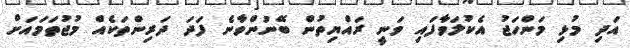
އަދި މުޅި މަންހަޖު އެކުލަވާފައި ވަނީ ރައްޔިތުން ބޭނުންވާނެ ފަދަ ދަރިންތަކެއް މުޖުތަމައަށް